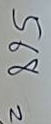
568 =